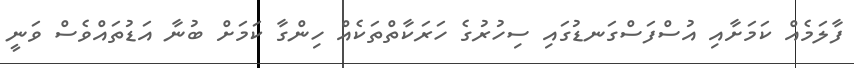
ފާލަމެއް ކަމަށާއި އުސްފަސްގަނޑުގައި ސިހުރުގެ ހަރަކާތްތަކެއް ހިންގާ ކަމަށް ބުނާ އަޑުތައްވެސް ވަނީ